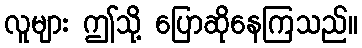
လူများ ဤသို့ ပြောဆိုနေကြသည်။